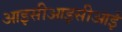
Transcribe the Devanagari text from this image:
आइसीआइसीआई